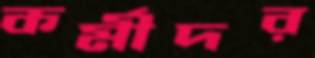
কর্মীদর